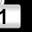
Digit: 1